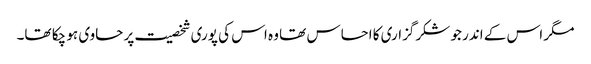
مگر اس کے اندر جو شکرگزاری کا احساس تھا وہ اس کی پوری شخصیت پر حاوی ہو چکا تھا۔